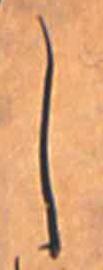
し